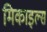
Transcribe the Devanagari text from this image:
मिकाइल्स